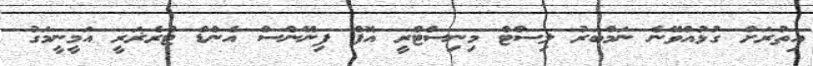
އިތުރަށް ގުޅުއްވޭނެ ނަމްބަރު ލިސްޓް މިނިސްޓްރީ އޮފް ފިނޭންސް އެންޑް ޓްރެޜަރީ އަމީނީމަގު